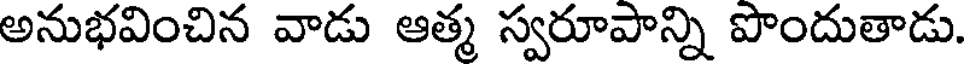
అనుభవించిన వాడు ఆత్మ స్వరూపాన్ని పొందుతాడు.